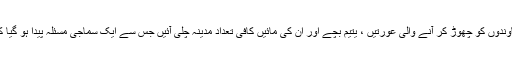
ان کے شہید ہونے سے یا اپنے کافر خاوندوں کو چھوڑ کر آنے والی عورتیں ، یتیم بچے اور ان کی مائیں کافی تعداد مدینہ چلی آئیں جس سے ایک سماجی مسئلہ پیدا ہو گیا کہ ان یتیموں کا ڈسپوزل کیا کیا جائے ؟